Report of the Bombay Plague Committee
Disease focus: Plague
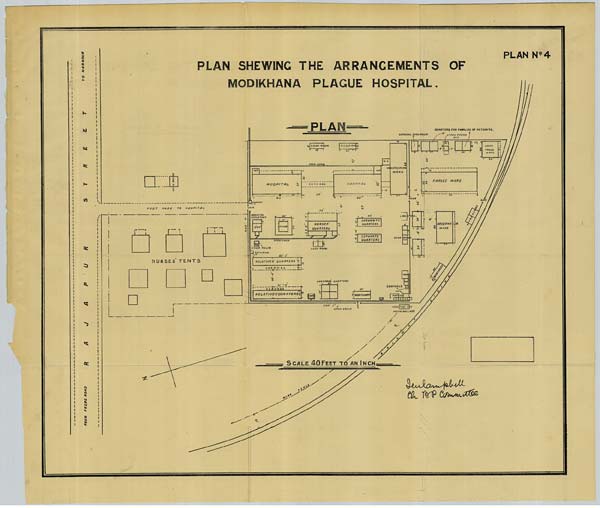
PLAN No: 4
PLAN SHEWING THE ARRANGEMENTS OF
MODIKHANA PLAGUE HOSPITAL.